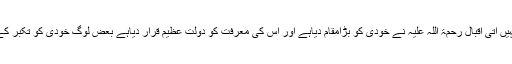
انہیں دروغ گوئی بالکل بھی نہیں آتی اقبال رحمۃ اللہ علیہ نے خودی کو بڑامقام دیاہے اور اس کی معرفت کو دولت عظیم قرار دیاہے بعض لوگ خودی کو تکبر کے معنوں میں لینے لگے تھے۔